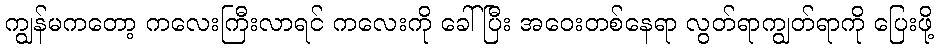
ကျွန်မကတော့ ကလေးကြီးလာရင် ကလေးကို ခေါ်ပြီး အဝေးတစ်နေရာ လွတ်ရာကျွတ်ရာကို ပြေးဖို့